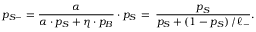
p _ { S - } = \frac { \alpha } { \alpha \cdot p _ { S } + \eta \cdot p _ { B } } \cdot p _ { S } \, = \, \frac { p _ { S } } { p _ { S } + ( 1 - p _ { S } ) \, / \, \ell _ { - } } .